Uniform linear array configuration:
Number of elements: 48
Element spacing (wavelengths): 0.25
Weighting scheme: blackman
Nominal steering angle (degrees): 45
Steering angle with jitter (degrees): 46.451
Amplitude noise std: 0.05
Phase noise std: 0.05

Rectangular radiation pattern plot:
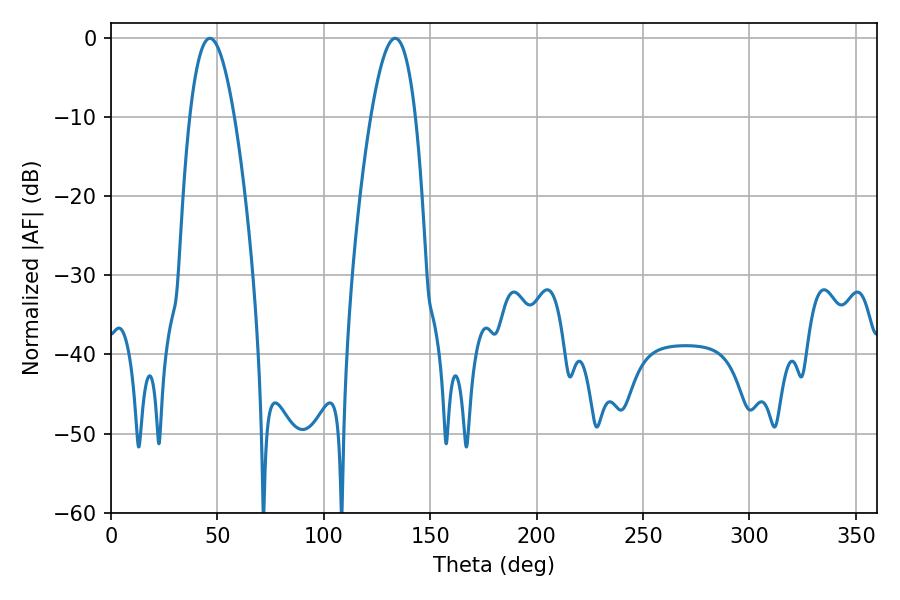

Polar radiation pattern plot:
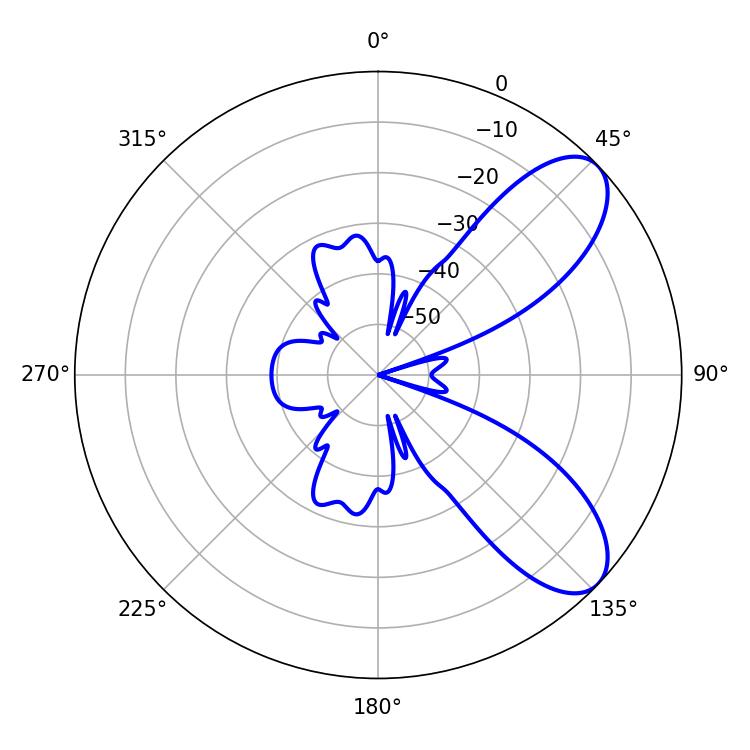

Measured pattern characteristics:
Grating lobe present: FALSE
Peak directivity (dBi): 8.037
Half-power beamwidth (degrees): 11.52
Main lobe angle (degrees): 46.44